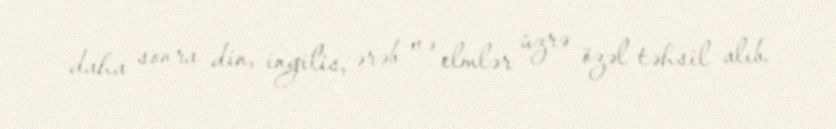
daha sonra din, ingilis, ərəb və elmlər üzrə özəl təhsil alıb.